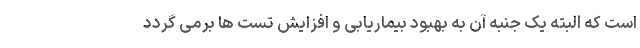
است که البته یک جنبه آن به بهبود بیماریابی و افزایش تست ها برمی گردد